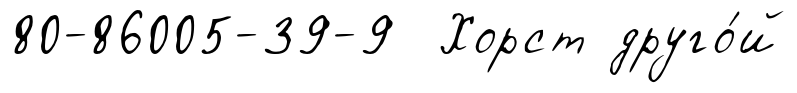
80-86005-39-9 Хорст друго́й